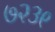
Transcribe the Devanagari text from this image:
७२३९